Mental hospitals Bombay report 1929-33 - 1929-1933
Year: 1929
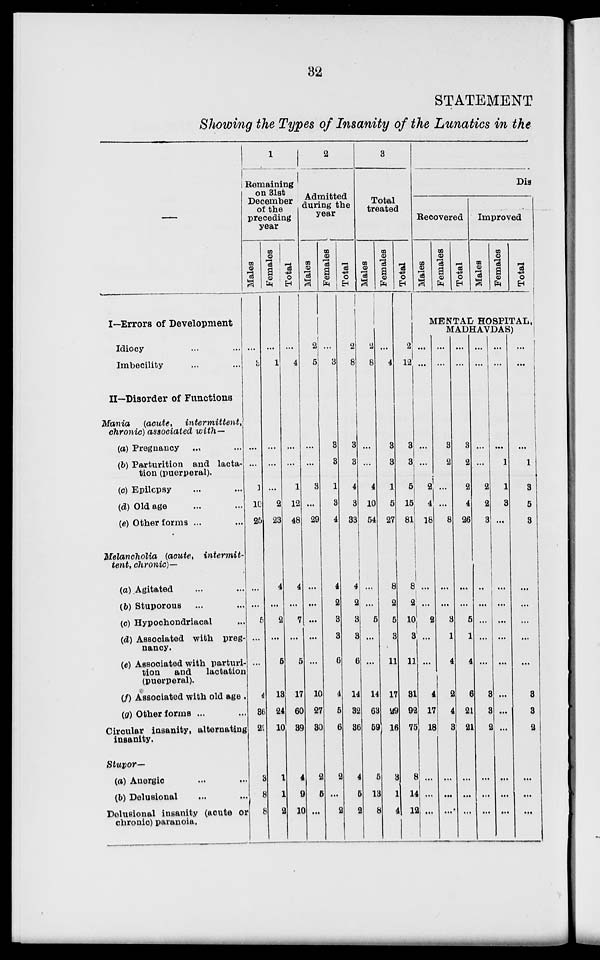
32
STATEMENT
Showing the Types of Insanity of the Lunatics in the
I—Errors of Development
Idiocy ... ...
Imbecility ... ...
II—Disorder of Functions
Mania
(acute,
intermittent,
chronic) associated
with—
(a) Pregnancy ... ...
(b) Parturition and lacta-
tion (puerperal).
(c) Epilepsy ... ...
(d) Old age ... ...
(e) Other forms ... ...
Melancholia
(acute,
intermit-
tent, chronic)—
(a) Agitated ... ...
(b) Stuporous ... ...
(c) Hypochondriacal ...
(d) Associated with preg-
nancy.
(e) Associated with parturi-
tion
and
lactation
(puerperal).
(f) Associated with old age .
(a) Other forms ... ...
Circular insanity, alternating
insanity.
Stupor—
(a) Anergic ... ...
(b) Delusional ... ...
Delusional insanity (acute or
chronic) paranoia.
1
Remaining on 31st
December
of the
preceding
year
Males
...
3
...
...
1
10
25
...
...
5
...
...
4
86
29
3
8
8
Females
...
1
...
...
...
2
23
4
...
2
...
5
13
24
10
1
1
2
Total
...
4
...
...
1
12
48
4
...
7
...
5
17
60
39
4
9
10
2
Admitted
during the
year
Males
2
5
...
...
3
...
29
...
...
...
...
...
10
27
30
2
6
...
Females
...
3
3
3
1
3
4
4
2
3
3
6
4
5
6
2
...
2
Total
2
8
3
3
4
3
33
4
2
3
3
6
14
32
36
4
...
2
3
Total
treated
Males
2
8
...
...
4
10
54
...
...
5
...
...
14
63
59
5
5
8
Females
...
4
3
3
1
5
27
8
2
5
3
11
17
29
16
3
13
4
Total
2
12
3
3
5
15
81
8
2
10
3
11
31
92
75
8
14
12
Dis
Recovered
Males
Females
Total
Improved
Males
Females
Total
MENTAL HOSPITAL,
MADHAVDAS)
...
...
...
...
2
4
18
...
...
2
...
...
4
17
18
...
...
...
...
...
3
2
...
...
8
...
...
3
1
4
2
4
3
...
...
...
...
...
3
2
2
4
26
...
...
5
1
4
6
21
21
...
...
...
...
...
...
...
2
2
3
...
..
...
...
...
8
3
2
...
...
...
...
...
...
1
1
3
...
...
...
...
...
...
...
...
...
...
...
...
...
...
...
1
3
5
3
...
...
...
...
...
3
3
2
...
...
...